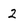
Character: 2